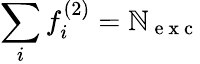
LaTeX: \sum_{i}f_{i}^{(2)}=\mathbb{N}_{\mathrm{{~e~x~c~}}}